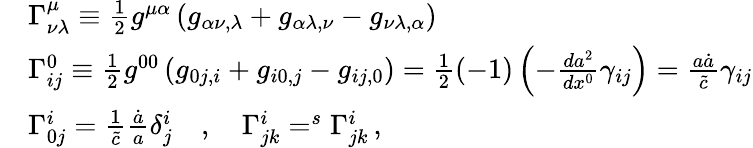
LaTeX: \begin{array}{rl}&{\Gamma_{\nu\lambda}^{\mu}\equiv\frac{1}{2}g^{\mu\alpha}\left(g_{\alpha\nu,\lambda}+g_{\alpha\lambda,\nu}-g_{\nu\lambda,\alpha}\right)\, }\\ &{\Gamma_{ij}^{0}\equiv\frac{1}{2}g^{00}\left(g_{0j,i}+g_{i0,j}-g_{ij,0}\right)=\frac{1}{2}(-1)\left(-\frac{da^{2}}{dx^{0}}\gamma_{ij}\right)=\frac{a\dot{a}}{\tilde{c}}\gamma_{ij}}\\ &{\Gamma_{0j}^{i}=\frac{1}{\tilde{c}}\frac{\dot{a}}{a}\delta_{j}^{i}\quad,\quad\Gamma_{jk}^{i}=^{s}\Gamma_{jk}^{i}\, ,}\end{array}